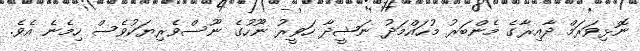
ނޮޅިވަރަމް ދާއިރާގެ މެންބަރު މުހައްމަދު ނަޝީދާ ހަވީރު ނޫހުގެ ނޫސްވެރިޔަކުވެސް ހިމެނެ އެވެ.